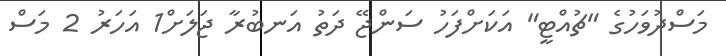
މަސްދުވަހުގެ "ޗުއްޓީ" އަކަށްފަހު ސަންޖޭ ދަތު އަނބުރާ ޖަލަށް1 އަހަރު 2 މަސް